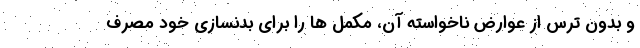
و بدون ترس از عوارض ناخواسته آن، مکمل ها را برای بدنسازی خود مصرف